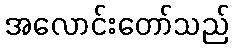
အလောင်းတော်သည်